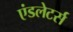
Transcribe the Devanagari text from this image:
एंडलेटर्स